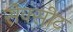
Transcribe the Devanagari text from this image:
सेक्सीट